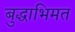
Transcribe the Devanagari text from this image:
बुद्धाभिमत